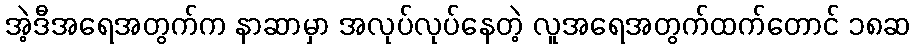
အဲ့ဒီအရေအတွက်က နာဆာမှာ အလုပ်လုပ်နေတဲ့ လူအရေအတွက်ထက်တောင် ၁၈ဆ